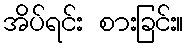
အိပ်ရင်း စားခြင်း။